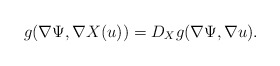
\begin{align*} g(\nabla \Psi , \nabla X(u)) = D_{X}g(\nabla \Psi , \nabla u).\end{align*}